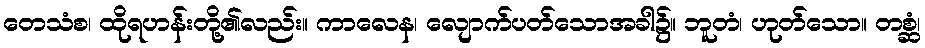
တေသံစ၊ ထိုရဟန်းတို့၏လည်း။ ကာလေန၊ လျောက်ပတ်သောအခါ၌။ ဘူတံ၊ ဟုတ်သော။ တစ္ဆံ၊